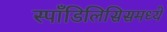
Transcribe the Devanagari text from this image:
स्पाँडिलिसिसमध्ये